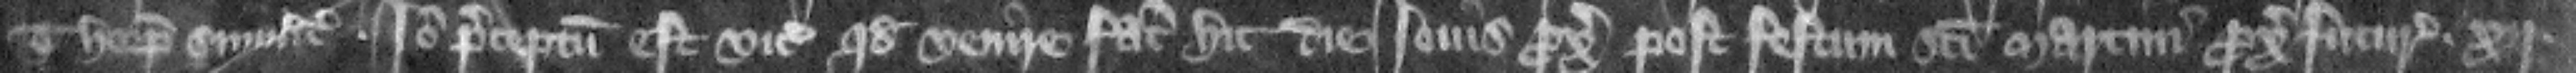
Thorp similiter. Ideo preceptum est vicecomiti quod venire faciat hic die louis proximo post festum Sancti Martini proximo futurum .xij.